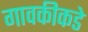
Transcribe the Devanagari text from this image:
गावकीकडे